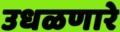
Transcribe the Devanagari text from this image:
उधळणारे